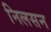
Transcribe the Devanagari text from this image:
निलसन